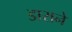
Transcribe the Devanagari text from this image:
डाराने